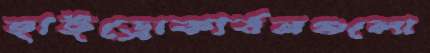
হাইড্রোকার্বনগুলো